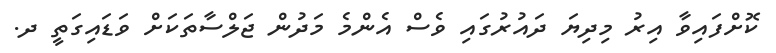
ކޮށްފައިވާ އިރު މިދިޔަ ދައުރުގައި ވެސް އެންމެ މަދުން ޖަލްސާތަކަށް ވަޑައިގަތީ ދ.